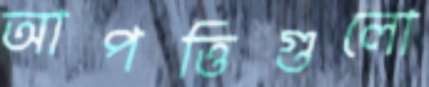
আপত্তিগুলো